Vaccination in Bombay 1856-1862 - 1856-1862
Year: 1856
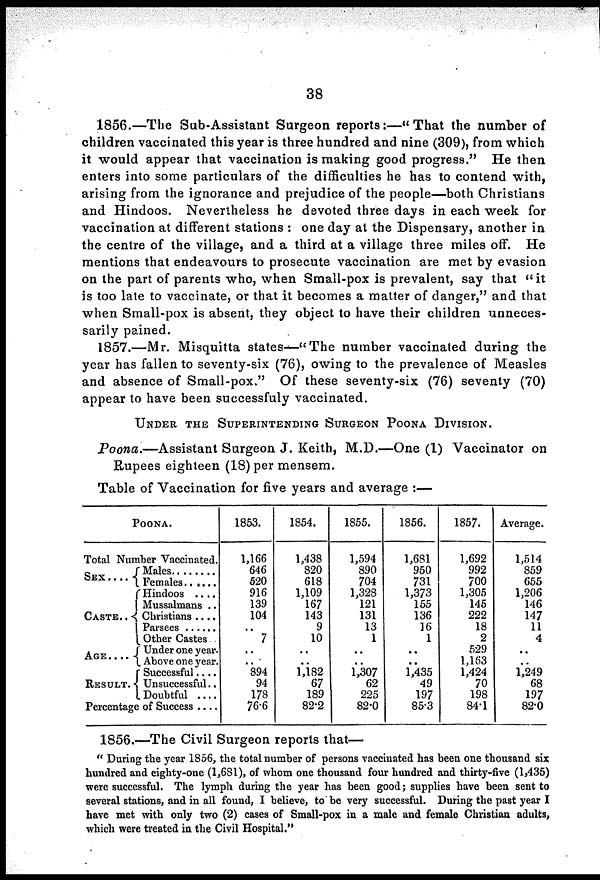
38
1856.—The Sub-Assistant Surgeon reports:—"That the number of
children vaccinated this year is three hundred and nine (309), from which
it would appear that vaccination is making good progress." He then
enters into some particulars of the difficulties he has to contend with,
arising from the ignorance and prejudice of the people—both Christians
and Hindoos. Nevertheless he devoted three days in each week for
vaccination at different stations : one day at the Dispensary, another in
the centre of the village, and a third at a village three miles off. He
mentions that endeavours to prosecute vaccination are met by evasion
on the part of parents who, when Small-pox is prevalent, say that "it
is too late to vaccinate, or that it becomes a matter of danger," and that
when Small-pox is absent, they object to have their children unneces-
sarily pained.
1857.—Mr. Misquitta states—"The number vaccinated during the
year has fallen to seventy-six (76), owing to the prevalence of Measles
and absence of Small-pox." Of these seventy-six (76) seventy (70)
appear to have been successfuly vaccinated.
UNDER THE SUPERINTENDING SURGEON POONA DIVISION.
Poona.—Assistant Surgeon J. Keith, M.D.—One (1) Vaccinator on
Rupees eighteen (18) per mensem.
Table of Vaccination for five years and average :—
POONA.
Total Number Vaccinated.
SEX
....
CASTE..
AGE ....
RESULT.
Male ........
Female ......
Hindoos ....
Mussalmans ..
Christians ....
Parsees ......
Other Castes..
Under one year.
Above one year.
Successful....
Unsuccessful..
Doubtful ....
Percentage of Success ....
1853.
1,166
646
520
916
139
104
..
7
..
..
894
94
178
76.6
1854.
1,438
820
618
1,109
167
143
9
10
..
..
1,182
67
189
82.2
1855.
1,594
890
704
1,328
121
131
13
1
..
..
1,307
62
225
82.0
1856.
1,681
950
731
1,373
155
136
16
1
..
..
1,435
49
197
85.3
1857.
1,692
992
700
1,305
145
222
18
2
529
1,163
1,424
70
198
84.1
Average.
1,514
859
655
1,206
146
147
11
4
..
..
1,249
68
197
82.0
1856.—The Civil Surgeon reports that—
" During the year 1856, the total number of persons vaccinated has been one thousand six
hundred and eighty-one (1,681), of whom one thousand four hundred and thirty-five (1,435)
were successful. The lymph during the year has been good; supplies have been sent to
several stations, and in all found, I believe, to' be very successful. During the past year I
have met with only two (2) cases of Small-pox in a male and female Christian adults,
which were treated in the Civil Hospital."